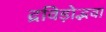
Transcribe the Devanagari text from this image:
द्रविड़ोद्भवा